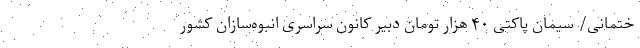
ختمانی/ سیمان پاکتی ۴۰ هزار تومان دبیر کانون سراسری انبوه‌سازان کشور